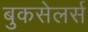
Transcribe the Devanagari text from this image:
बुकसेलर्स